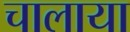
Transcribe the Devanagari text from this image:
चालाया